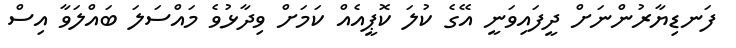
ފަނޑިޔާރުންނަށް ދީފައިވަނީ އޭގެ ކުލަ ކޮޕީއެއް ކަމަށް ވިދާޅުވެ މައްސަލަ ބައްލަވާ އިސް